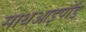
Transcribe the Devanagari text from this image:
साथआइपॉड